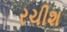
રચીશ